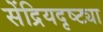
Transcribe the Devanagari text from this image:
सेंद्रियदृष्ट्या